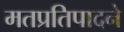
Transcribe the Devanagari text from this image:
मतप्रतिपादने